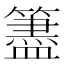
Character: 𥵧